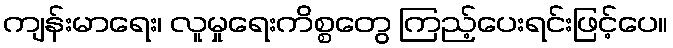
ကျန်းမာရေး၊ လူမှုရေးကိစ္စတွေ ကြည့်ပေးရင်းဖြင့်ပေ။